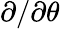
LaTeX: \partial/\partial\theta